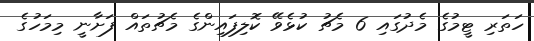
ހަތަރި ޓީމުގެ މެދުގައި 6 މެޗު ކުޅެވޭ ކޮލިފައިންގެ މެޗުތައް ފަށާނީ މިމަހުގެ